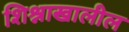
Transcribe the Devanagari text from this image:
शिश्नाखालील